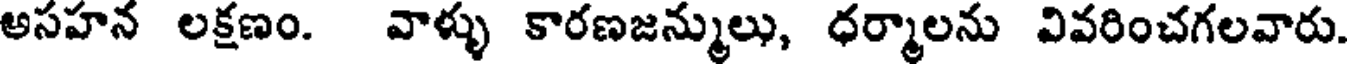
అసహన లక్షణం. వాళ్ళు కారణజన్ములు, ధర్మాలను వివరించగలవారు.